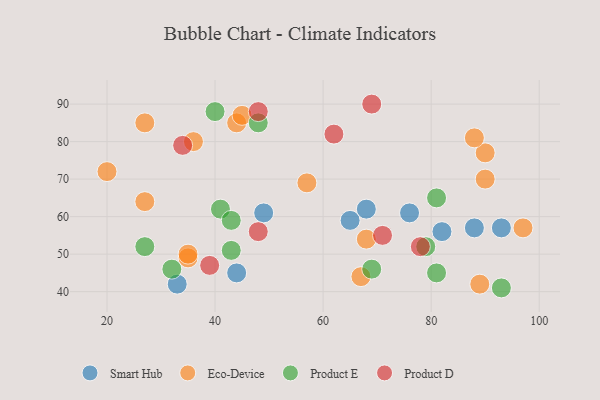
{"axis": {"x": "GDP", "y": "Life Expectancy"}, "legend": ["Eco-Device", "Product D", "Product E", "Smart Hub"], "data": [{"x": "65", "y": 59, "type": "Smart Hub"}, {"x": "88", "y": 57, "type": "Smart Hub"}, {"x": "44", "y": 45, "type": "Smart Hub"}, {"x": "76", "y": 61, "type": "Smart Hub"}, {"x": "82", "y": 56, "type": "Smart Hub"}, {"x": "68", "y": 62, "type": "Smart Hub"}, {"x": "49", "y": 61, "type": "Smart Hub"}, {"x": "93", "y": 57, "type": "Smart Hub"}, {"x": "33", "y": 42, "type": "Smart Hub"}, {"x": "89", "y": 42, "type": "Eco-Device"}, {"x": "36", "y": 80, "type": "Eco-Device"}, {"x": "35", "y": 49, "type": "Eco-Device"}, {"x": "90", "y": 77, "type": "Eco-Device"}, {"x": "44", "y": 85, "type": "Eco-Device"}, {"x": "67", "y": 44, "type": "Eco-Device"}, {"x": "27", "y": 64, "type": "Eco-Device"}, {"x": "97", "y": 57, "type": "Eco-Device"}, {"x": "27", "y": 85, "type": "Eco-Device"}, {"x": "20", "y": 72, "type": "Eco-Device"}, {"x": "90", "y": 70, "type": "Eco-Device"}, {"x": "88", "y": 81, "type": "Eco-Device"}, {"x": "35", "y": 50, "type": "Eco-Device"}, {"x": "68", "y": 54, "type": "Eco-Device"}, {"x": "57", "y": 69, "type": "Eco-Device"}, {"x": "45", "y": 87, "type": "Eco-Device"}, {"x": "41", "y": 62, "type": "Product E"}, {"x": "27", "y": 52, "type": "Product E"}, {"x": "48", "y": 85, "type": "Product E"}, {"x": "40", "y": 88, "type": "Product E"}, {"x": "32", "y": 46, "type": "Product E"}, {"x": "93", "y": 41, "type": "Product E"}, {"x": "81", "y": 45, "type": "Product E"}, {"x": "81", "y": 65, "type": "Product E"}, {"x": "69", "y": 46, "type": "Product E"}, {"x": "43", "y": 51, "type": "Product E"}, {"x": "79", "y": 52, "type": "Product E"}, {"x": "43", "y": 59, "type": "Product E"}, {"x": "62", "y": 82, "type": "Product D"}, {"x": "48", "y": 88, "type": "Product D"}, {"x": "78", "y": 52, "type": "Product D"}, {"x": "39", "y": 47, "type": "Product D"}, {"x": "69", "y": 90, "type": "Product D"}, {"x": "71", "y": 55, "type": "Product D"}, {"x": "48", "y": 56, "type": "Product D"}, {"x": "34", "y": 79, "type": "Product D"}]}